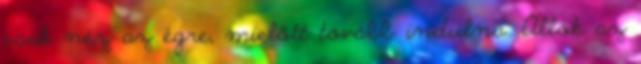
csak néz az égre, mielőtt tovább indulna. Állok az